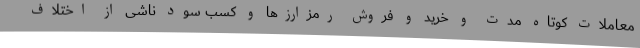
معاملات کوتاه مدت و خرید و فروش رمزارزها و کسب سود ناشی از اختلاف